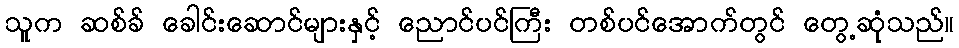
သူက ဆစ်ခ် ခေါင်းဆောင်များနှင့် ညောင်ပင်ကြီး တစ်ပင်အောက်တွင် တွေ့ဆုံသည်။